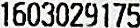
1603029175